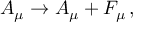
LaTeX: A _ { \mu } \rightarrow A _ { \mu } + { \cal F } _ { \mu } \, ,